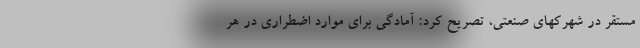
مستقر در شهرکهای صنعتی، تصریح کرد: آمادگی برای موارد اضطراری در هر